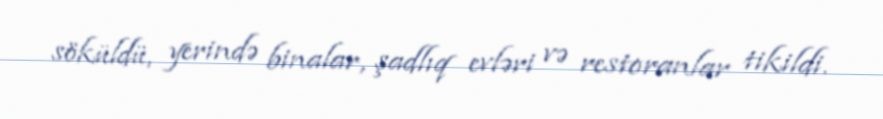
söküldü, yerində binalar, şadlıq evləri və restoranlar tikildi.